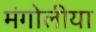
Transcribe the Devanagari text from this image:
मंगोलीया